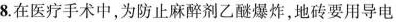
8.在医疗手术中，为防止麻醉剂乙醚爆炸，地砖要用导电